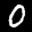
Label: 0